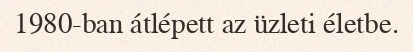
1980-ban átlépett az üzleti életbe.